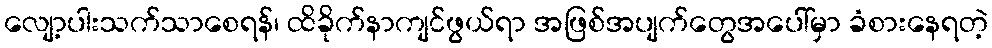
လျော့ပါးသက်သာစေရန်၊ ထိခိုက်နာကျင်ဖွယ်ရာ အဖြစ်အပျက်တွေအပေါ်မှာ ခံစားနေရတဲ့